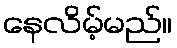
နေလိမ့်မည်။